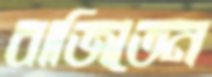
বাজিতেন